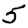
Digit: 5